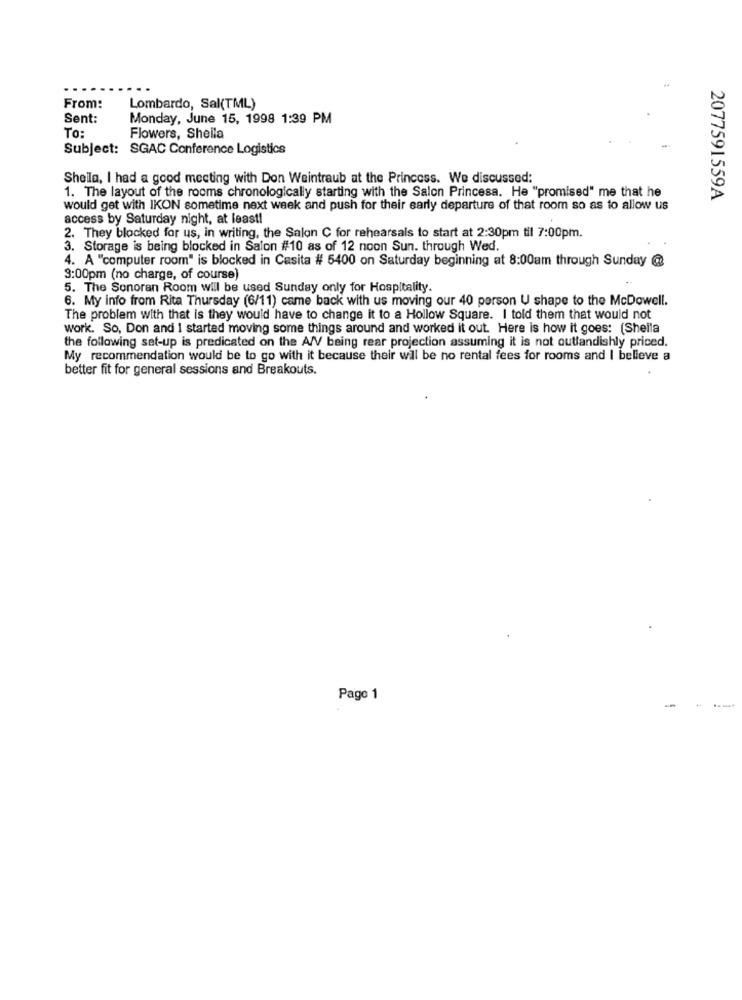
From:
Lombardo, Sal(TML)
Sent:
Monday, June 15, 1998 1:39 PM
To:
Flowers, Sheila
Subject: SGAC Conference Logistics
Sheila, I had a good meeting with Don Weintraub at the Princess. We discussed:
1. The layout of the rooms chronologically starting with the Salon Princesa. He "promised" me that he
2077591559A
would get with IKON sometime next week and push for their early departure of that room so as to allow us
access by Saturday night, at least!
2. They blocked for us, in writing, the Salon C for rehearsals to start at 2:30pm til 7:00pm.
3. Storage is being blocked in Salon #10 as of 12 noon Sun. through Wed.
4. A "computer room" is blocked in Casita # 5400 on Saturday beginning at 8:00am through Sunday @
3:00pm (no charge, of course)
5. The Sonoran Room will be used Sunday only for Hospitality.
6. My info from Rita Thursday (6/11) came back with us moving our 40 person U shape to the McDowell.
The problem with that is they would have to change it to a Hollow Square. I told them that would not
work. So, Don and I started moving some things around and worked it out. Here is how it goes: (Sheila
the following set-up is predicated on the A/V being rear projection assuming it is not outlandishly priced.
My recommendation would be to go with it because their will be no rental fees for rooms and I believe a
better fit for general sessions and Breakouts.
Page 1
-